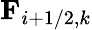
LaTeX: \textbf{F}_{i+1/2,k}